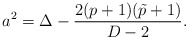
\begin{align*}a^2=\Delta-{{2(p+1)(\tilde{p}+1)}\over{D-2}}.\end{align*}